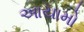
આયામો